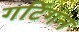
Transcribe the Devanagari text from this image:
गर्टिगन